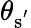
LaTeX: \theta_{\mathrm{{s}^{'}}}